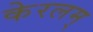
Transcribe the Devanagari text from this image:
केरलम्